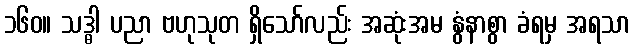
၁၆၀။ သဒ္ဓါ ပညာ ဗဟုသုတ ရှိသော်လည်း အဆုံးအမ နွံနာစွာ ခံရမှ အရသာ